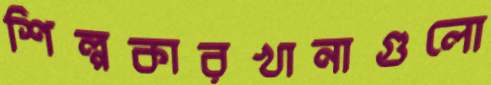
শিল্পকারখানাগুলো